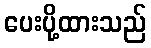
ပေးပို့ထားသည်